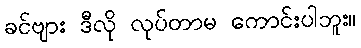
ခင်ဗျား ဒီလို လုပ်တာမ ကောင်းပါဘူး။